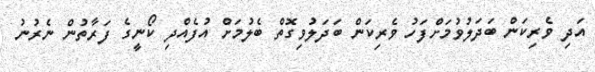
އަދި ވެރިކަން ބަދަލުވުމަށްފަހު ވެރިކަން ބަދަލުވިގޮތް ބެލުމަށް އުފެއްދި ކޯނީގެ ފަރާތުން ނެރުނު